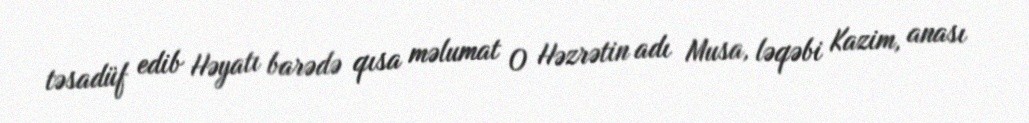
təsadüf edib Həyatı barədə qısa məlumat O Həzrətin adı Musa, ləqəbi Kazim, anası